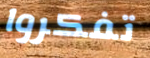
تفكروا